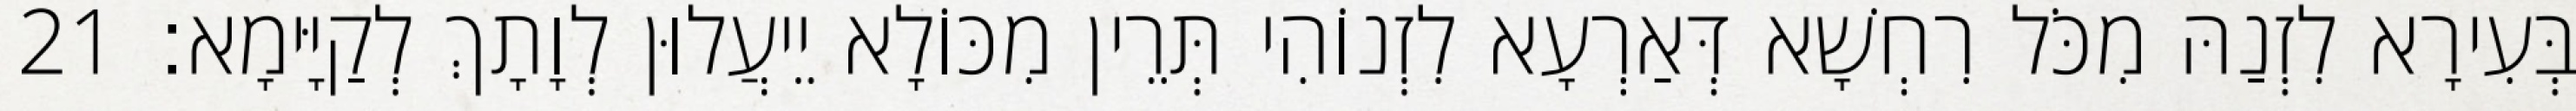
בְּעִירָא לִזְנַהּ מִכֹּל רִחְשָׁא דְּאַרְעָא לִזְנוֹהִי תְּרֵין מִכּוֹלָא יֵיעֲלוּן לְוָתָךְ לְקַיָּימָא׃ 21